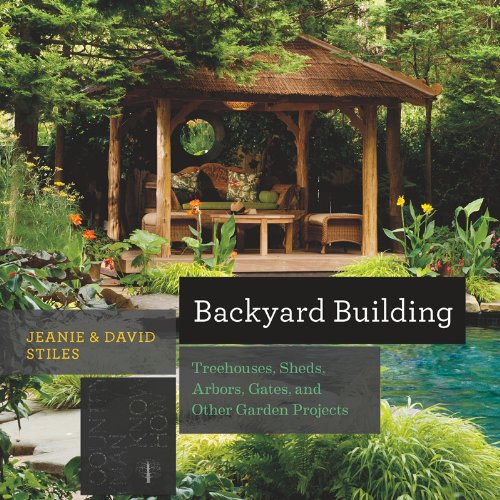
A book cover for Backyard Building: Treehouses, Sheds, Arbors, Gates, and Other Garden Projects (Countryman Know How); Jean Stiles; Crafts, Hobbies & Home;